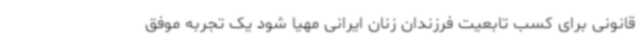
قانونی برای کسب تابعیت فرزندان زنان ایرانی مهیا شود یک تجربه موفق